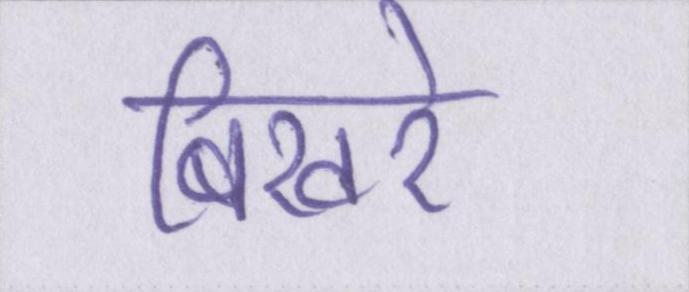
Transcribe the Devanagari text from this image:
बिखरे